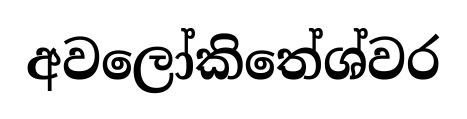
අවලෝකිතේශ්වර